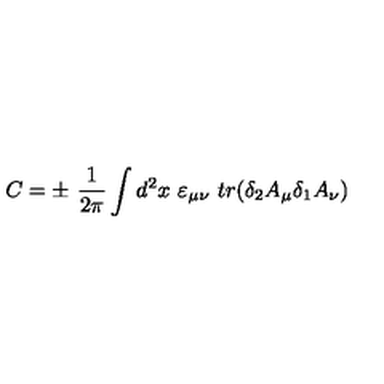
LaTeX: C = \pm \ { \frac { 1 } { 2 \pi } } \int d ^ { 2 } x \ \varepsilon _ { \mu \nu } \ t r ( \delta _ { 2 } A _ { \mu } \delta _ { 1 } A _ { \nu } )